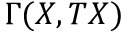
\Gamma ( X , T X )